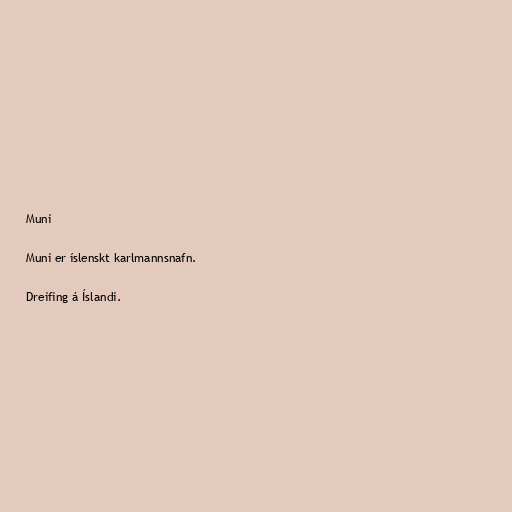
Muni

Muni er íslenskt karlmannsnafn.

Dreifing á Íslandi.